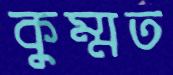
কুম্মত